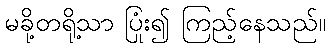
မခို့တရို့သာ ပြုံး၍ ကြည့်နေသည်။